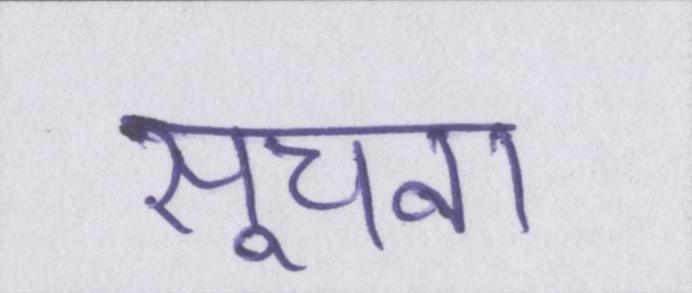
सूचना